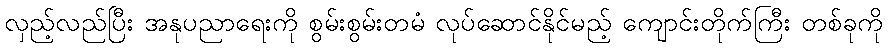
လှည့်လည်ပြီး အနုပညာရေးကို စွမ်းစွမ်းတမံ လုပ်ဆောင်နိုင်မည့် ကျောင်းတိုက်ကြီး တစ်ခုကို